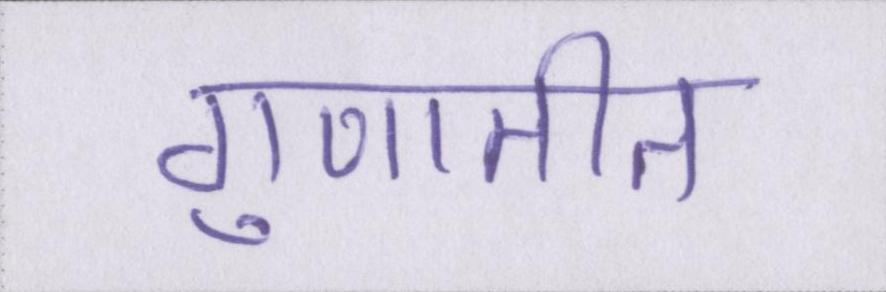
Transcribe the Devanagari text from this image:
गुणातीत